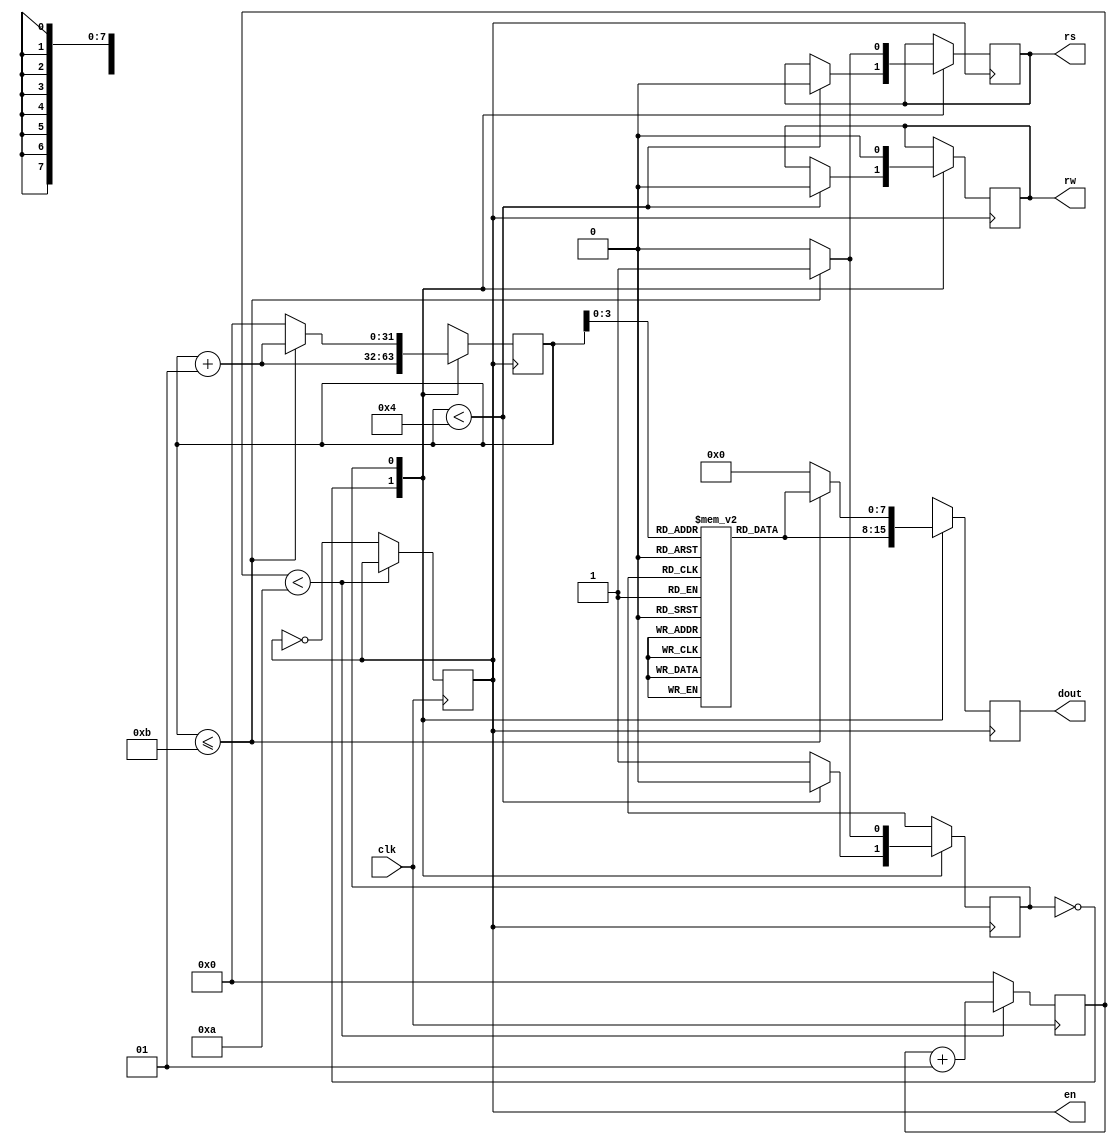
`timescale 1ns / 1ps
//////////////////////////////////////////////////////////////////////////////////
// Company: 
// Engineer: 
// 
// Design Name: 
// Module Name: lcd
// Project Name: 
// Target Devices: 
// Tool Versions: 
// Description: 
// 
// Dependencies: 
// 
// Revision:
// Revision 0.01 - File Created
// Additional Comments:
// 
//////////////////////////////////////////////////////////////////////////////////


module lcd(
    input clk,
    output reg rs,rw,
    output reg [7:0] dout,
    output en
    );
    
    reg [7:0] data [11:0];
    integer count=0;
    integer i=0;
    reg ent=1'b0;
    parameter send_command=0,send_data=1;
    reg state=send_command;
     
initial begin
 
///////////command for LCD , rs = 0
data[0] <= 8'h38; /////2 Lines 5 x 7 matrix
data[1] <= 8'h01; /////CLEAR DISPLAY
data[2] <= 8'h0E;// Display On Cursor Blinking
data[3] <= 8'h06; ////increment cursor from left to right
data[4] <= 8'h80;///// force cursor from beginning of first line
 
////////Data for LCD, rs = 1
data[5]  <= 8'h76; /////ascii value for v
data[6]  <= 8'h65;  ///e
data[7]  <= 8'h72;  ///r
data[8]  <= 8'h69; ///i
data[9]  <= 8'h6c; ///l
data[10] <= 8'h6f; /// o
data[11] <= 8'h67; ///g
end
 
    always@(posedge clk)
    begin
    if(count<10)
        begin
        count<=count+1;
        end
   else
        begin
        count<=0;
        ent=~ent;
        end
   end
   
   
   always@(posedge ent)
   begin
   case(state)
   send_command:    begin
                    if(i<4)
                        begin
                        rw<=1'b0;
                        rs<=1'b0;
                        dout<=data[i];
                        i<=i+1;
                        state<=send_command;
                        end
                     else
                        begin
                        dout<=data[i];
                        i<=i+1;
                        state<=send_data;
                        end
                    end
    send_data:      begin
                    if(i<=11)
                        begin
                        rw<=1'b0;
                        rs<=1'b1;
                        i<=i+1;
                        dout<=data[i];
                        state<=send_data;
                        end
                   else
                        begin
                        i<=0;
                        state<=send_command;
                        rs    <= 1'b0;
                        rw    <= 1'b0;
                        dout  <= 8'h00;
                        end
                    end
                    
      endcase
      end
      assign en=ent;
endmodule